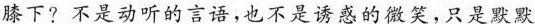
膝下?不是动听的言语，也不是诱惑的微笑，只是默默